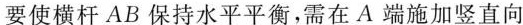
要使横杆AB保持水平平衡，需在A端施加竖直向